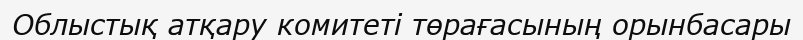
Облыстық атқару комитеті төрағасының орынбасары